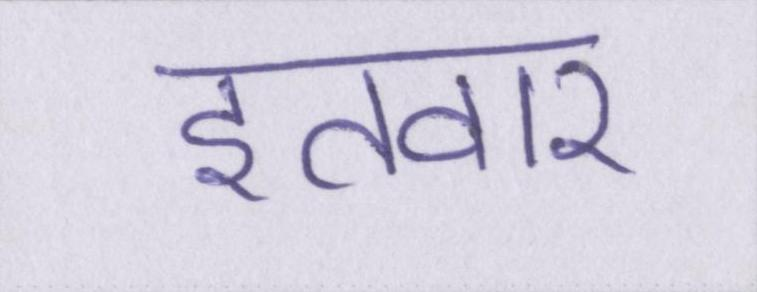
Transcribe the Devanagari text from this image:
इतवार